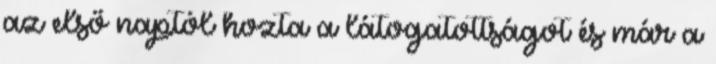
az első naptól hozta a látogatottságot és már a